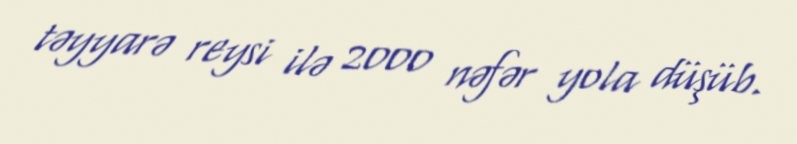
təyyarə reysi ilə 2000 nəfər yola düşüb.